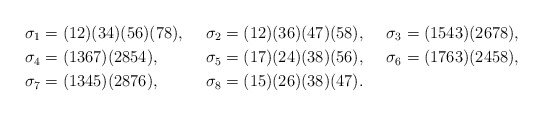
\begin{align*}&\sigma_1=(12)(34)(56)(78), && \sigma_2=(12)(36)(47)(58),&& \sigma_3=(1543)(2678),\\& \sigma_4=(1367)(2854),&&\sigma_5=(17)(24)(38)(56),&&\sigma_6=(1763)(2458),\\&\sigma_7=(1345)(2876),&&\sigma_8=(15)(26)(38)(47).\end{align*}